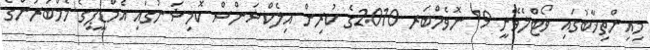
މިއިންތިޚާބުގައި ވޯޓްލެވޭނީ 19 ނޮވެމްބަރ 2010ގެ ކުރިން އިލެކްޝަންސް ކޮމިޝަނުގައި އެމްޑީޕީގެ މެމްބަރުންގެ